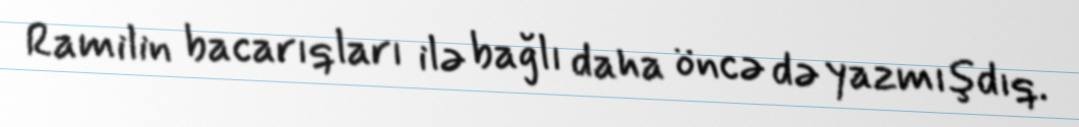
Ramilin bacarıqları ilə bağlı daha öncə də yazmışdıq.